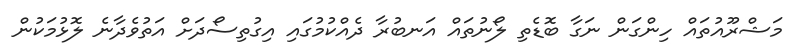
މަޝްރޫއުތައް ހިންގަން ނަގާ ބޮޑެތި ލޯނުތައް އަނބުރާ ދެއްކުމުގައި އިގުތިސޯދަށް އަތުވެދާނެ ލޮޅުމަކުން